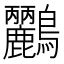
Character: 𪈹